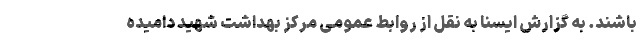
باشند. به گزارش ایسنا به نقل از روابط عمومی مرکز بهداشت شهید دامیده